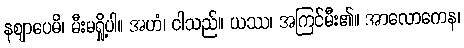
နဈာပေမိ၊ မီးမရှို့ပါ။ အဟံ၊ ငါသည်။ ယဿ၊ အကြင်မီး၏။ အာလောကေန၊